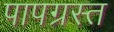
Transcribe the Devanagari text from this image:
पापग्रस्त